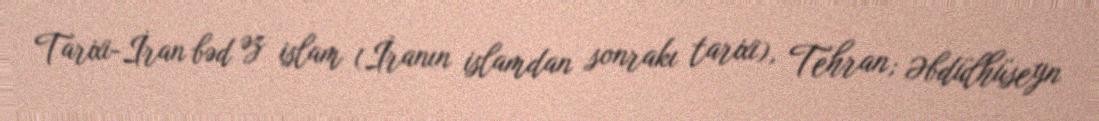
Tarixi-İran bəd əz islam (İranın islamdan sonrakı tarixi), Tehran; Əbdülhüseyn